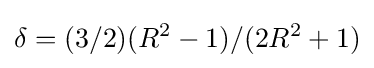
\delta =(3/2)(R^{2}-1)/(2R^{2}+1)